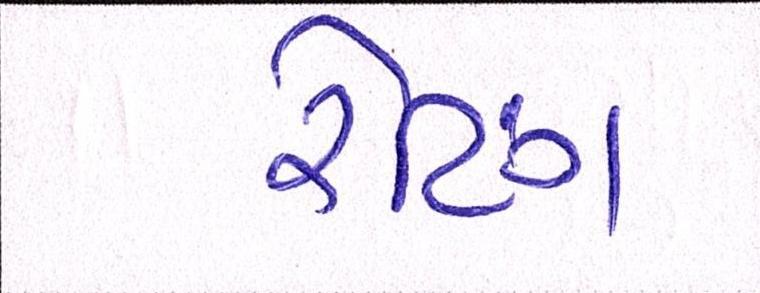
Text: રેટિંગ